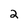
Character: 2